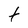
Character: t